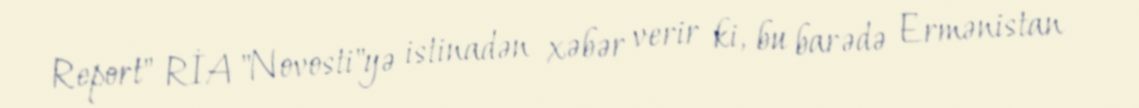
Report" RİA "Novosti"yə istinadən xəbər verir ki, bu barədə Ermənistan